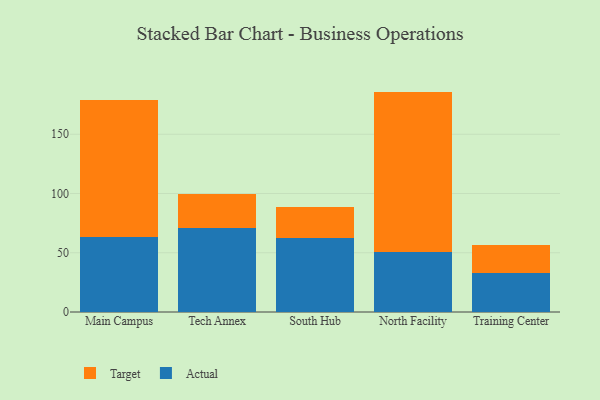
{"axis": {"x": "Campus", "y": "Temperature (°C)"}, "legend": ["Actual", "Target"], "data": [{"x": "Main Campus", "y": 63.5, "type": "Actual"}, {"x": "Main Campus", "y": 115.0, "type": "Target"}, {"x": "Tech Annex", "y": 70.9, "type": "Actual"}, {"x": "Tech Annex", "y": 28.5, "type": "Target"}, {"x": "South Hub", "y": 62.7, "type": "Actual"}, {"x": "South Hub", "y": 26.2, "type": "Target"}, {"x": "North Facility", "y": 50.3, "type": "Actual"}, {"x": "North Facility", "y": 135.7, "type": "Target"}, {"x": "Training Center", "y": 32.5, "type": "Actual"}, {"x": "Training Center", "y": 24.3, "type": "Target"}]}